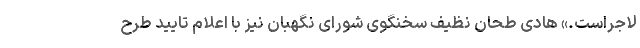
لاجراست.» هادی طحان نظیف سخنگوی شورای نگهبان نیز با اعلام تایید طرح